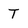
Character: t